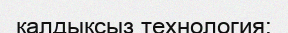
қалдықсыз технология;